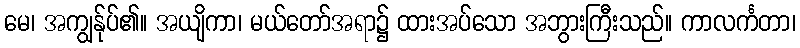
မေ၊ အကျွန်ုပ်၏။ အယျိကာ၊ မယ်တော်အရာ၌ ထားအပ်သော အဘွားကြီးသည်။ ကာလင်္ကတာ၊